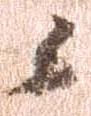
候